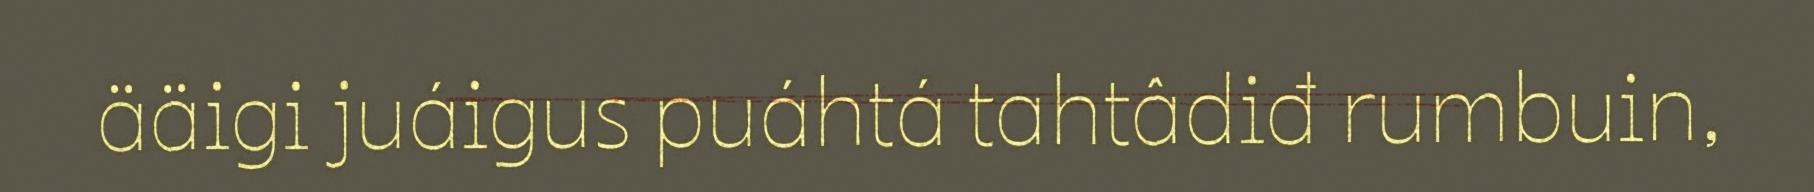
ääigi juáigus puáhtá tahtâdiđ rumbuin,